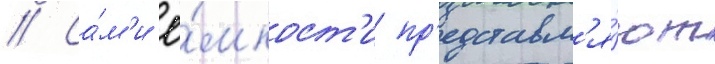
// Са́м'и ё́мкост'и пр'едставл'я́ют